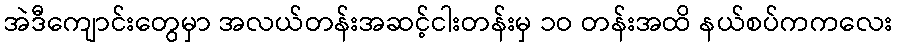
အဲဒီကျောင်းတွေမှာ အလယ်တန်းအဆင့်ငါးတန်းမှ ၁ဝ တန်းအထိ နယ်စပ်ကကလေး